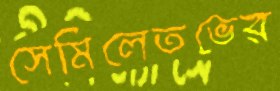
সেমিলেতভের